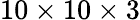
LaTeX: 10\times 10\times 3